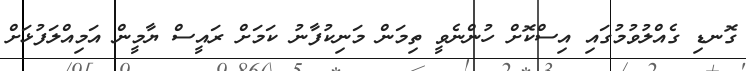
ގޮނޑި ގެއްލުވުމުގައި އިސްކޮށް ހުންނެވީ ތިމަން މަނިކުފާނު ކަމަށް ރައީސް ޔާމީން އަމިއްލަފުޅަށް